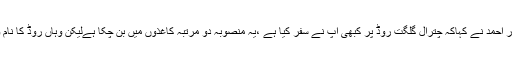
جسٹس گلزار احمد نے کہاکہ چترال گلگت روڈ پر کبھی آپ نے سفر کیا ہے ،یہ منصوبہ دو مرتبہ کاغذوں میں بن چکا ہےلیکن وہاں روڈ کا نام ونشان نہیں۔